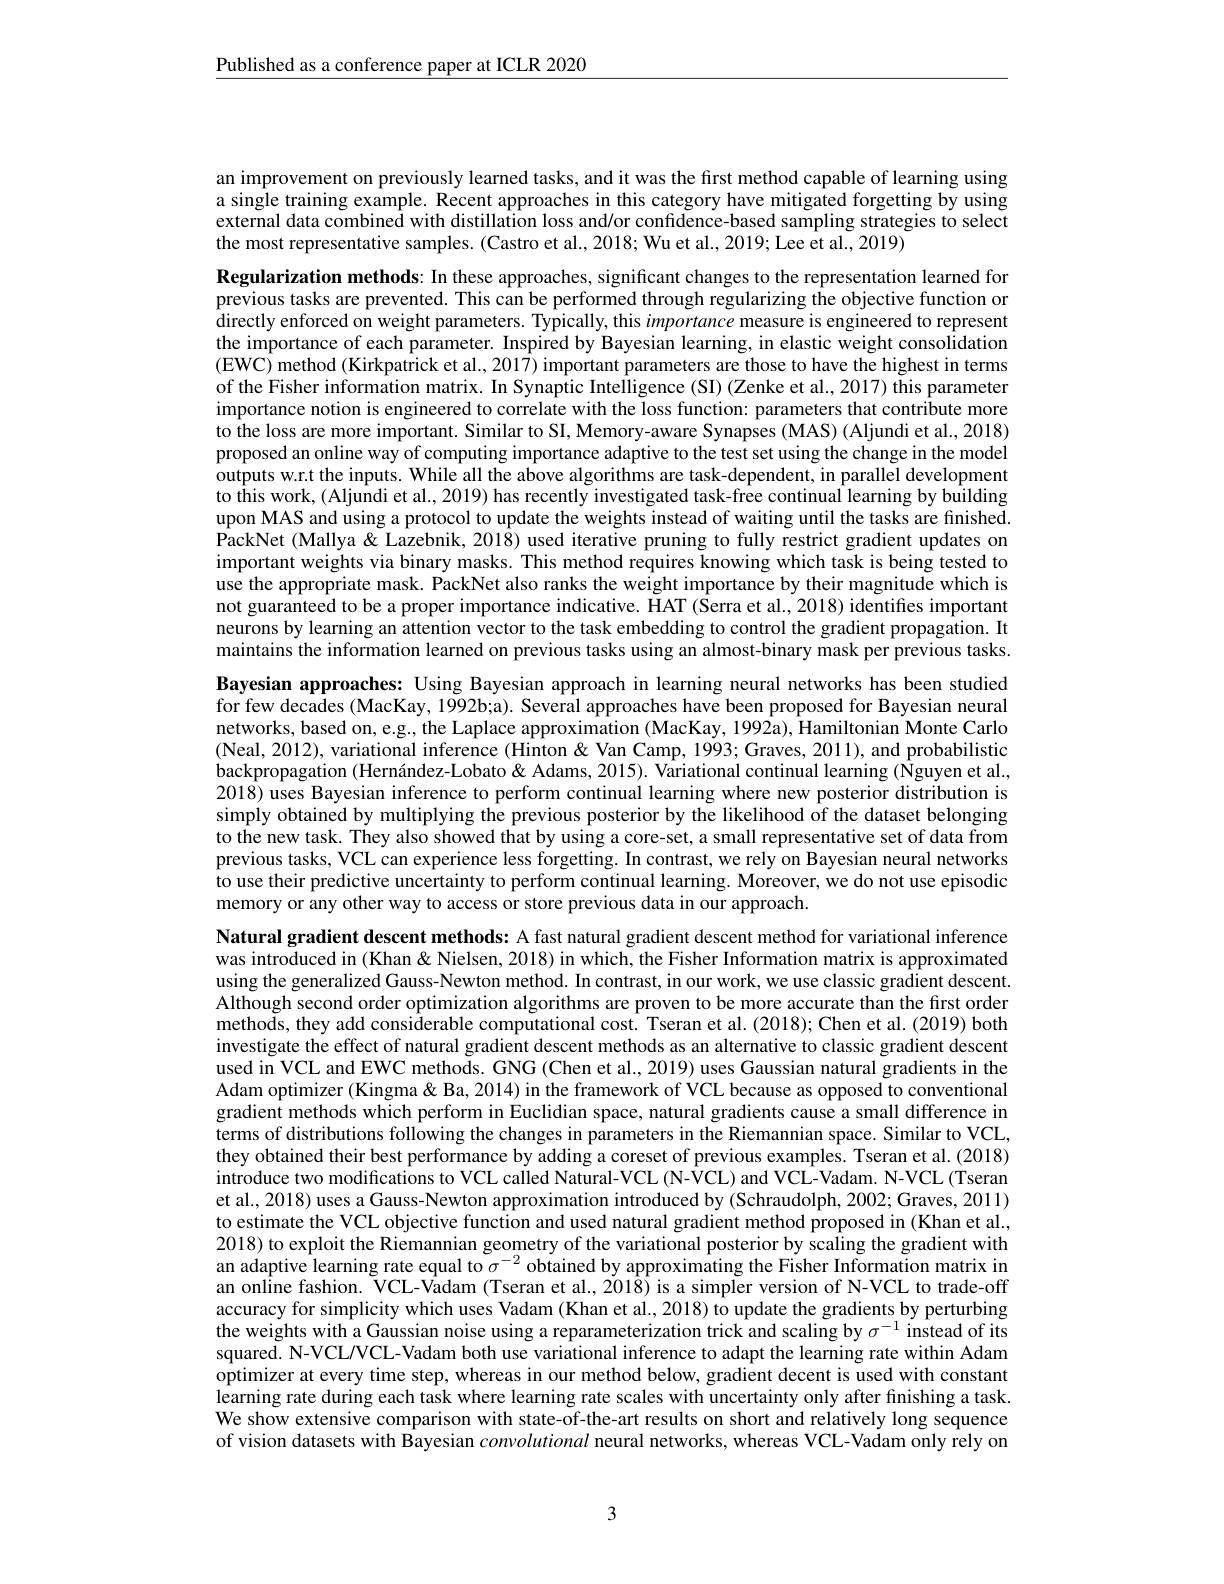
Published as a conference paper at ICLR 2020

an improvement on previously learned tasks, and it was the first method capable of learning using a single training example. Recent approaches in this category have mitigated forgetting by using external data combined with distillation loss and/or confidence-based sampling strategies to select the most representative samples. (Castro et al., 2018; Wu et al., 2019; Lee et al., 2019)

Bayesian approaches: Using Bayesian approach in learning neural networks has been studied for few decades (MacKay, 1992b;a). Several approaches have been proposed for Bayesian neural networks, based on, e.g., the Laplace approximation (MacKay, 1992a), Hamiltonian Monte Carlo (Neal, 2012), variational inference (Hinton& Van Camp, 1993; Graves, 2011), and probabilistic backpropagation (Hernández-Lobato& Adams, 2015). Váriational continual learning (Ñguyen et al. 2018) uses Bayesian inference to perform continual learning where new posterior distribution is simply obtained by multiplying the previous posterior by the likelihood of the dataset belonging to the new task. They also showed that by using a core-set, a small representative set of data from previous tasks, VCL can experience less forgetting. In contrast, we rely on Bayesian neural networks to use their predictive uncertainty to perform continual learning. Moreover, we do not use episodic memory or any other way to access or store previous data in our approach.

Regularization methods: In these approaches, significant changes to the representation learned for previous tasks are prevented. This can be performed through regularizing the objective function or directly enforced on weight parameters. Typically, this importance measure is engineered to represent the importance of each parameter. Inspired by Bayesian learning, in elastic weight consolidation (EWC) method (Kirkpatrick et al., 2017) important parameters are those to have the highest in terms of the Fisher information matrix. In Synaptic Intelligence (SI) (Zenke et al., 2017) this parameter importance notion is engineered to correlate with the loss function: parameters that contribute more to the loss are more important. Similar to SI, Memory-aware Synapses (MAS) (Aljundi et al., 2018) proposed an online way of computing importance adaptive to the test set using the change in the model outputs w.r.t the inputs. While all the above algorithms are task-dependent, in parallel development to this work, (Aljundi et al., 2019) has recently investigated task-free continual learning by bülding upon MAS and using a protocol to update the weights instead of waiting until the tasks are finished. $\hat{\text{PackNet(Mallya\"{\&}Lazebnik,2018)usediterativepruningtofullyrestrictgradientupdateson}}$ important weights via binary masks. This method requires knowing which task is being tested to use the appropriate mask. PackNet also ranks the weight importance by their magnitude which is not guaranteed to be a proper importance indicative. HAT (Šerra et al., 2018) identifies important neurons by learning an attention vector to the task embedding to control the gradient propagation. It maintains the information learned on previous tasks using an almost-binary mask per previous tasks. Natural gradient descent methods: A fast natural gradient descent method for variational inference was introduced in (Khan & Nielsen, 2018) in which, the Fisher Information matrix is approximated using the generalized Gauss-Newton method. In contrast, in our work, we use classic gradient descent. Although second order optimization algorithms are proven to be more accurate than the first order methods, they add considerable computational cost. Tseran et al. (2018); Chen et al. (2019) both investigate the effect of natural gradient descent methods as an alternative to classic gradient descent used in VCL and EWC methods. GNG (Chen et al., 2019) uses Gaussian natural gradients in the Adam optimizer (Kingma& Ba, 2014) in the framework of VCL because as opposed to conventional gradient methods which perform in Euclidian space, natural gradients cause a small difference in terms of distributions following the changes in parameters in the Riemannian space. Similar to VCL, they obtained their best performance by adding a coreset of previous examples. Tseran et al.(2018) $\dot{\text{introduce two modifications to VCL called Natural-VCL(N-\hat{V}CL)andVCL-Vadam.N-VCL(Tseran})}$ et al., 2018) uses a Gauss- Newton approximation introduced by (Schraudolph, 2002; Graves, 2011) to estimate the VCL objective function and used natural gradient method proposed in (Khan et al., 2018) to exploit the Riemannian geometry of the variational posterior by scaling the gradient with an adaptive learning rate equal to $\sigma^{-2}$ obtained by approximating the Fisher Information matrix in an online fashion. $\tilde{\text{VCL-Vadam(Tseranetal.,2018)isasimplerversionofN-VCLtotrade-off}}$ accuracy for simplicity which uses Vadam (Khan et al., 2018) to update the gradients by perturbing the weights with a Gaussian noise using a reparameterization trick and scaling by $\sigma^{-1}$ instead of its squared. N-VCL/VCL-Vadam both use variational inference to adapt the learning rate within Adam optimizer at every time step, whereas in our method below, gradient decent is used with constant learning rate during each task where learning rate scales with uncertainty only after finishing a task. We show extensive comparison with state-of-the-art results on short and relatively long sequence

of vision datasets with Bayesian convolutional neural networks, whereas VCL-Vadam only rely on

3